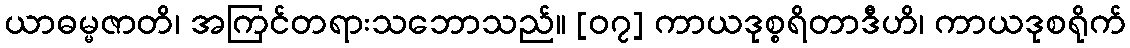
ယာဓမ္မဇာတိ၊ အကြင်တရားသဘောသည်။ [၀၇] ကာယဒုစ္စရိတာဒီဟိ၊ ကာယဒုစရိုက်